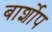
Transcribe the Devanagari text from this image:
बार्शोप